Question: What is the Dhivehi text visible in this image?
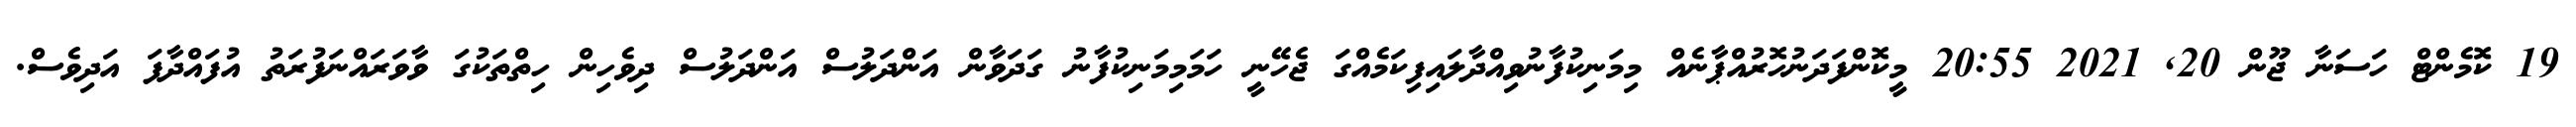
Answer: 19 ކޮމެންޓް ހަސަނާ ޖޫން 20, 2021 20:55 މީކޮންފަދަނުހޮރުއްޕާނެއް މިމަނިކުފާނުވިއްދާލައިފިކަމެއްގަ ޖެހޭނީ ހަމަމިމަނިކުފާނު ގަދަވާން އަންދަލުސް އަންދަލުސް ދިވެހިން ހިތްތަކުގަ ވާވަރައްނަފުރަތު އުފައްދާފަ އަދިވެސް.